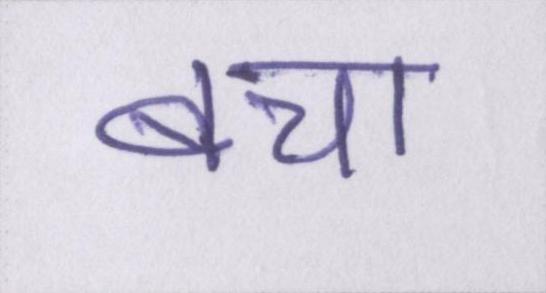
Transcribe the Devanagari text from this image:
बचा